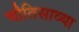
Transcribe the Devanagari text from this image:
चौतिसाव्या